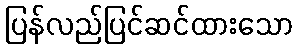
ပြန်လည်ပြင်ဆင်ထားသော